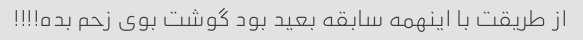
از طریقت با اینهمه سابقه بعید بود گوشت بوی زحم بده!!!!